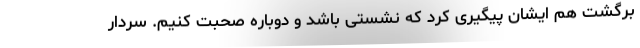
برگشت هم ایشان پیگیری کرد که نشستی باشد و دوباره صحبت کنیم. سردار